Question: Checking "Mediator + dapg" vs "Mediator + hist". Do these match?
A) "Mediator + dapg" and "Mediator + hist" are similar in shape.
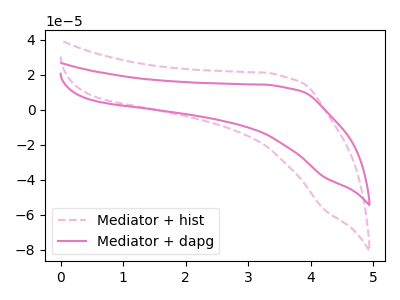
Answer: <think>The pink dashed curve "Mediator + hist" has no peaks. The pink curve "Mediator + dapg" has no peaks.
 Neither "Mediator + dapg" or "Mediator + hist" have any peaks.</think>
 <answer>A) "Mediator + dapg" and "Mediator + hist" are similar in shape.</answer>
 <eval>A</eval>